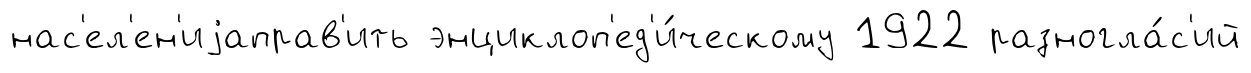
нас'ел'ен'иjаправ'ить энциклоп'ед'и́ческому 1922 разногла́с'ий